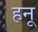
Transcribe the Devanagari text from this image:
हनू